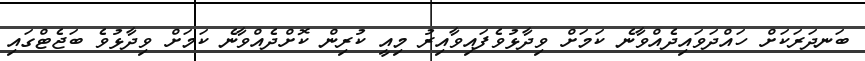
ބަނދަރަކަށް ހައްދަވައިދެއްވާނެ ކަމަށް ވިދާޅުވެފައިވާއިރު މިއީ ކުރިން ކޮށްދެއްވާނެ ކަމަށް ވިދާޅުވެ ބަޖެޓްގައި